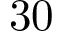
\mathrm { 3 0 }